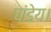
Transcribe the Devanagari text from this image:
पांडेय।